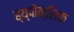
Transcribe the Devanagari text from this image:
ह्य्पोक्सिक